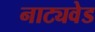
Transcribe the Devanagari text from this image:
नाट्यवेड